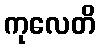
ကုလေတိ